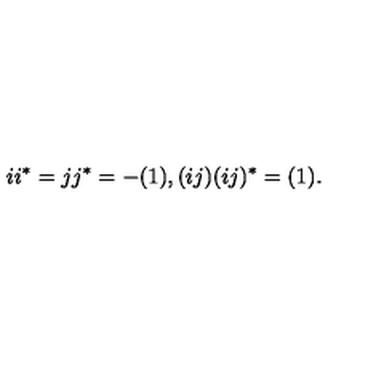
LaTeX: i i ^ { * } = j j ^ { * } = - ( 1 ) , ( i j ) ( i j ) ^ { * } = ( 1 ) .